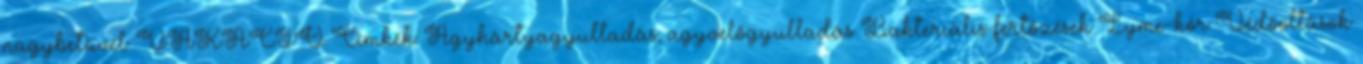
nagybetűvel: VAKÁCIÓ Címkék: Agyhártyagyulladás; agyvelőgyulladás Bakteriális fertőzések Lyme-kór Védőoltások